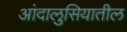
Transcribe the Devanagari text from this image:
आंदालुसियातील